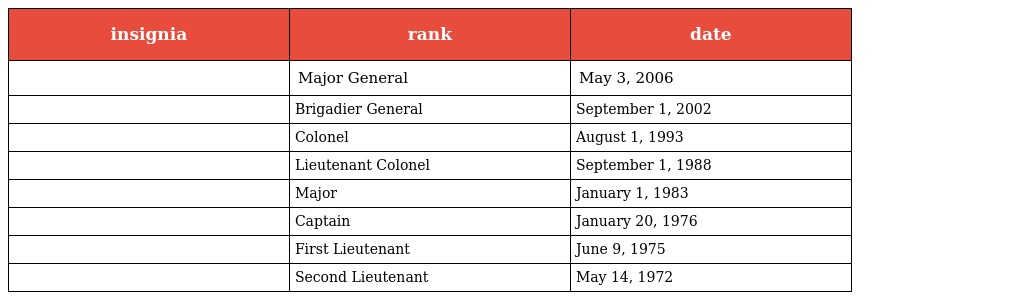
| insignia | rank | date |
 | --- | --- | --- |
 |  | Major General | May 3, 2006 |
 |  | Brigadier General | September 1, 2002 |
 |  | Colonel | August 1, 1993 |
 |  | Lieutenant Colonel | September 1, 1988 |
 |  | Major | January 1, 1983 |
 |  | Captain | January 20, 1976 |
 |  | First Lieutenant | June 9, 1975 |
 |  | Second Lieutenant | May 14, 1972 |